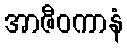
အာဇီဝကာနံ